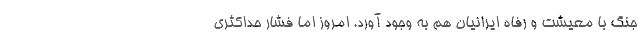
جنگ با معیشت و رفاه ایرانیان هم به وجود آورد. امروز اما فشار حداکثری